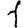
Digit: 1